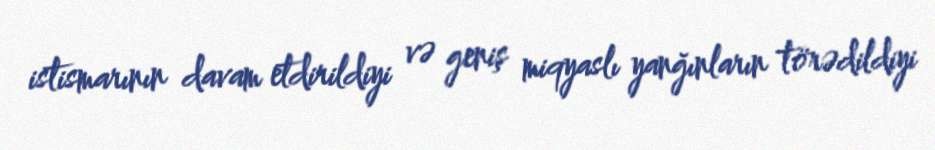
istismarının davam etdirildiyi və geniş miqyaslı yanğınların törədildiyi